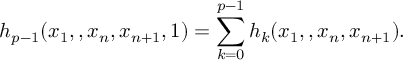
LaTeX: h _ { p - 1 } ( x _ { 1 } , \l , x _ { n } , x _ { n + 1 } , 1 ) = \sum _ { k = 0 } ^ { p - 1 } h _ { k } ( x _ { 1 } , \l , x _ { n } , x _ { n + 1 } ) .